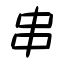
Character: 串